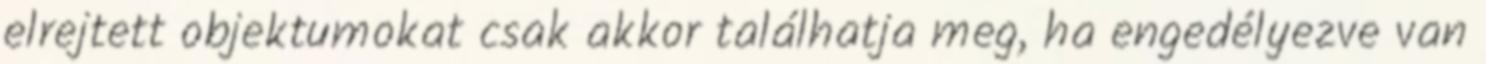
elrejtett objektumokat csak akkor találhatja meg, ha engedélyezve van